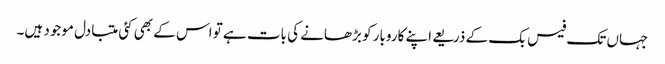
جہاں تک فیس بک کے ذریعے اپنے کاروبار کو بڑھانے کی بات ہے تو اس کے بھی کئی متبادل موجود ہیں۔